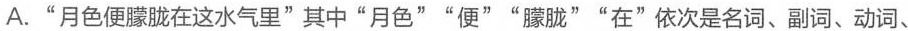
A."月色便朦胧在这水气里"其中“月色”"便"“朦胧”“在”依次是名词、副词、动词、介词。